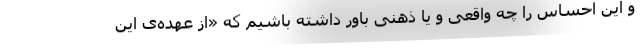
و این احساس را چه واقعی و یا ذهنی باور داشته باشیم که «از عهده‌ی این